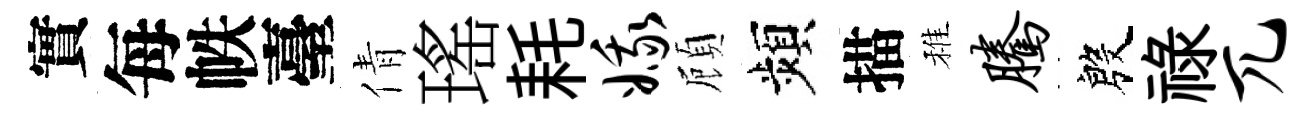
實每帙臺倩瑤耗娥頋頻描稚腾殷祿兀